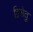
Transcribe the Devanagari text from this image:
द्विसेतु